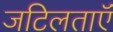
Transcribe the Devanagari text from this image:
जटिलताऍं